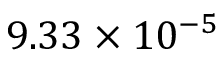
9 . 3 3 \times 1 0 ^ { - 5 }